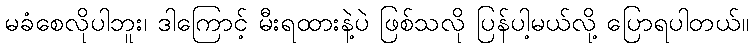
မခံစေလိုပါဘူး၊ ဒါကြောင့် မီးရထားနဲ့ပဲ ဖြစ်သလို ပြန်ပါ့မယ်လို့ ပြောရပါတယ်။